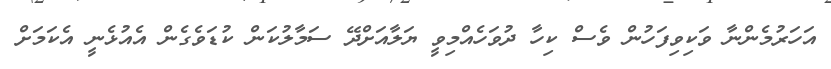
އަހަރުމެންނާ ވަކިވިފަހުން ވެސް ކިހާ ދުވަހެއްމިވީ ޔަލާއަށްދޭ ސަމާލުކަން ކުޑަވެގެން އެއުޅެނީ އެކަމަށް